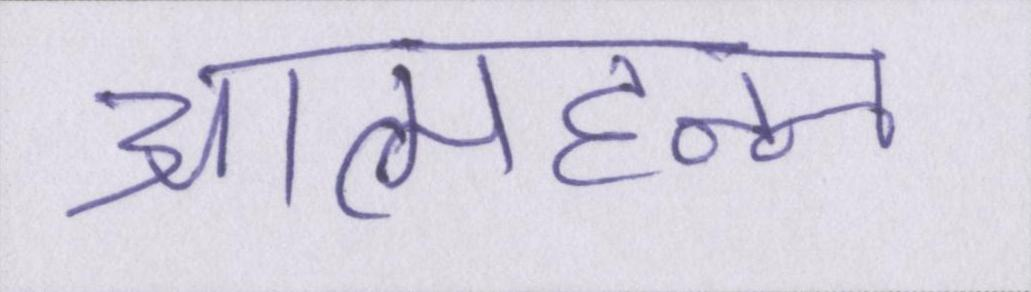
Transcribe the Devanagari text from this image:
आत्महनन